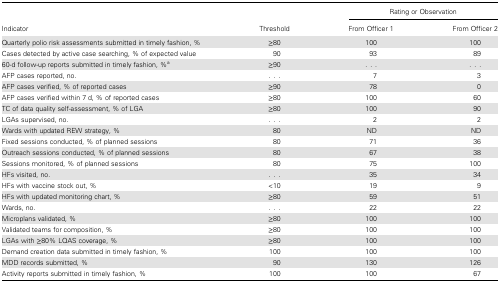
<table><thead><tr><td rowspan="2"><b>Indicator</b></td><td rowspan="2"><b>Threshold</b></td><td colspan="2"><b>Rating or Observation</b></td></tr><tr><td><b>From Officer 1</b></td><td><b>From Officer 2</b></td></tr></thead><tbody><tr><td>Quarterly polio risk assessments submitted in timely fashion, %</td><td>≥80</td><td>100</td><td>100</td></tr><tr><td>Cases detected by active case searching, % of expected value</td><td>90</td><td>93</td><td>89</td></tr><tr><td>60-d follow-up reports submitted in timely fashion, %<sup>a</sup></td><td>≥90</td><td>...</td><td>...</td></tr><tr><td>AFP cases reported, no.</td><td>...</td><td>7</td><td>3</td></tr><tr><td>AFP cases verified, % of reported cases</td><td>≥90</td><td>78</td><td>0</td></tr><tr><td>AFP cases verified within 7 d, % of reported cases</td><td>≥80</td><td>100</td><td>60</td></tr><tr><td>TC of data quality self-assessment, % of LGA</td><td>≥80</td><td>100</td><td>90</td></tr><tr><td>LGAs supervised, no.</td><td>...</td><td>2</td><td>2</td></tr><tr><td>Wards with updated REW strategy, %</td><td>80</td><td>ND</td><td>ND</td></tr><tr><td>Fixed sessions conducted, % of planned sessions</td><td>80</td><td>71</td><td>36</td></tr><tr><td>Outreach sessions conducted, % of planned sessions</td><td>80</td><td>67</td><td>38</td></tr><tr><td>Sessions monitored, % of planned sessions</td><td>80</td><td>75</td><td>100</td></tr><tr><td>HFs visited, no.</td><td>...</td><td>35</td><td>34</td></tr><tr><td>HFs with vaccine stock out, %</td><td>&lt;10</td><td>19</td><td>9</td></tr><tr><td>HFs with updated monitoring chart, %</td><td>≥80</td><td>59</td><td>51</td></tr><tr><td>Wards, no.</td><td>...</td><td>22</td><td>22</td></tr><tr><td>Microplans validated, %</td><td>≥80</td><td>100</td><td>100</td></tr><tr><td>Validated teams for composition, %</td><td>≥80</td><td>100</td><td>100</td></tr><tr><td>LGAs with ≥80% LQAS coverage, %</td><td>≥80</td><td>100</td><td>100</td></tr><tr><td>Demand creation data submitted in timely fashion, %</td><td>100</td><td>100</td><td>100</td></tr><tr><td>MDD records submitted, %</td><td>90</td><td>130</td><td>126</td></tr><tr><td>Activity reports submitted in timely fashion, %</td><td>100</td><td>100</td><td>67</td></tr></tbody></table>